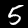
Digit: 5